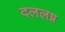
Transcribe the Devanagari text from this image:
दललग्न